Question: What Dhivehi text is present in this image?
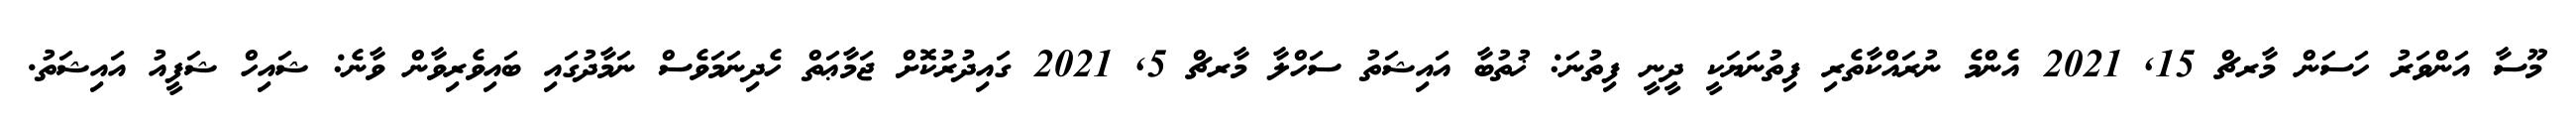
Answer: މޫސާ އަންވަރު ހަސަން މާރޗް 15, 2021 އެންމެ ނުރައްކާތެރި ފިތުނަޔަކީ ދީނީ ފިތުނަ: ޚުތުބާ އައިޝަތު ސަހްލާ މާރޗް 5, 2021 ގައިދުރުކޮށް ޖަމާޢަތް ހެދިނަމަވެސް ނަމާދުގައި ބައިވެރިވާން ވާނެ: ޝައިހް ޝަފީއު އައިޝަތު.